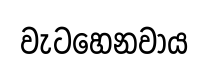
වැටහෙනවාය